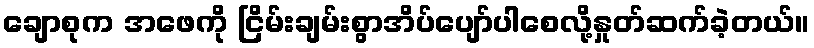
ချောစုက အဖေကို ငြိမ်းချမ်းစွာအိပ်ပျော်ပါစေလို့နှုတ်ဆက်ခဲ့တယ်။